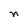
Character: n